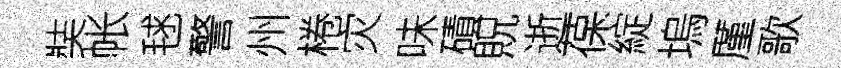
奘帐毬警州棬灾味磧貺逝葆綻塢厪歌